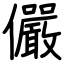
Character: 儼